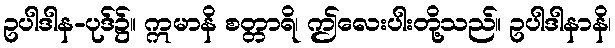
ဥပါဒါန-ပုဒ်၌။ ဣမာနိ စတ္တာရိ၊ ဤလေးပါးတို့သည်။ ဥပါဒါနာနိ၊